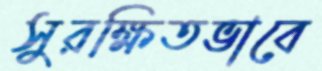
সুরক্ষিতভাবে